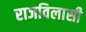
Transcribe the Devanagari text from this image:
राजविलासी